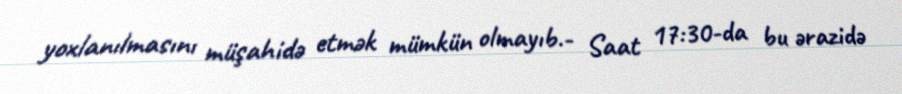
yoxlanılmasını müşahidə etmək mümkün olmayıb.- Saat 17:30-da bu ərazidə